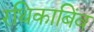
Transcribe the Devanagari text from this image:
रथिकाबिंव